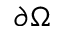
\partial \Omega